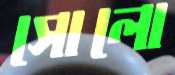
সোলো